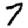
Digit: 7